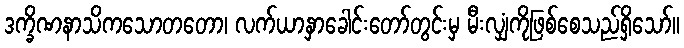
ဒက္ခိဏနာသိကသောတတော၊ လက်ယာနှာခေါင်းတော်တွင်းမှ မီးလျှံကိုဖြစ်စေသည်ရှိသော်။